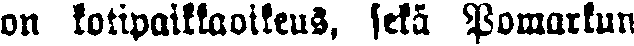
on kotipaikkaoikeus, sekä Pomarkun